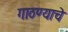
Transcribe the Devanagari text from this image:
गाठण्याचे